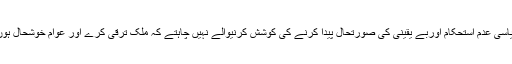
سیاسی عدم استحکام اوربے یقینی کی صورتحال پیدا کرنے کی کوشش کرنیوالے نہیں چاہتے کہ ملک ترقی کرے اور عوام خوشحال ہوں ۔